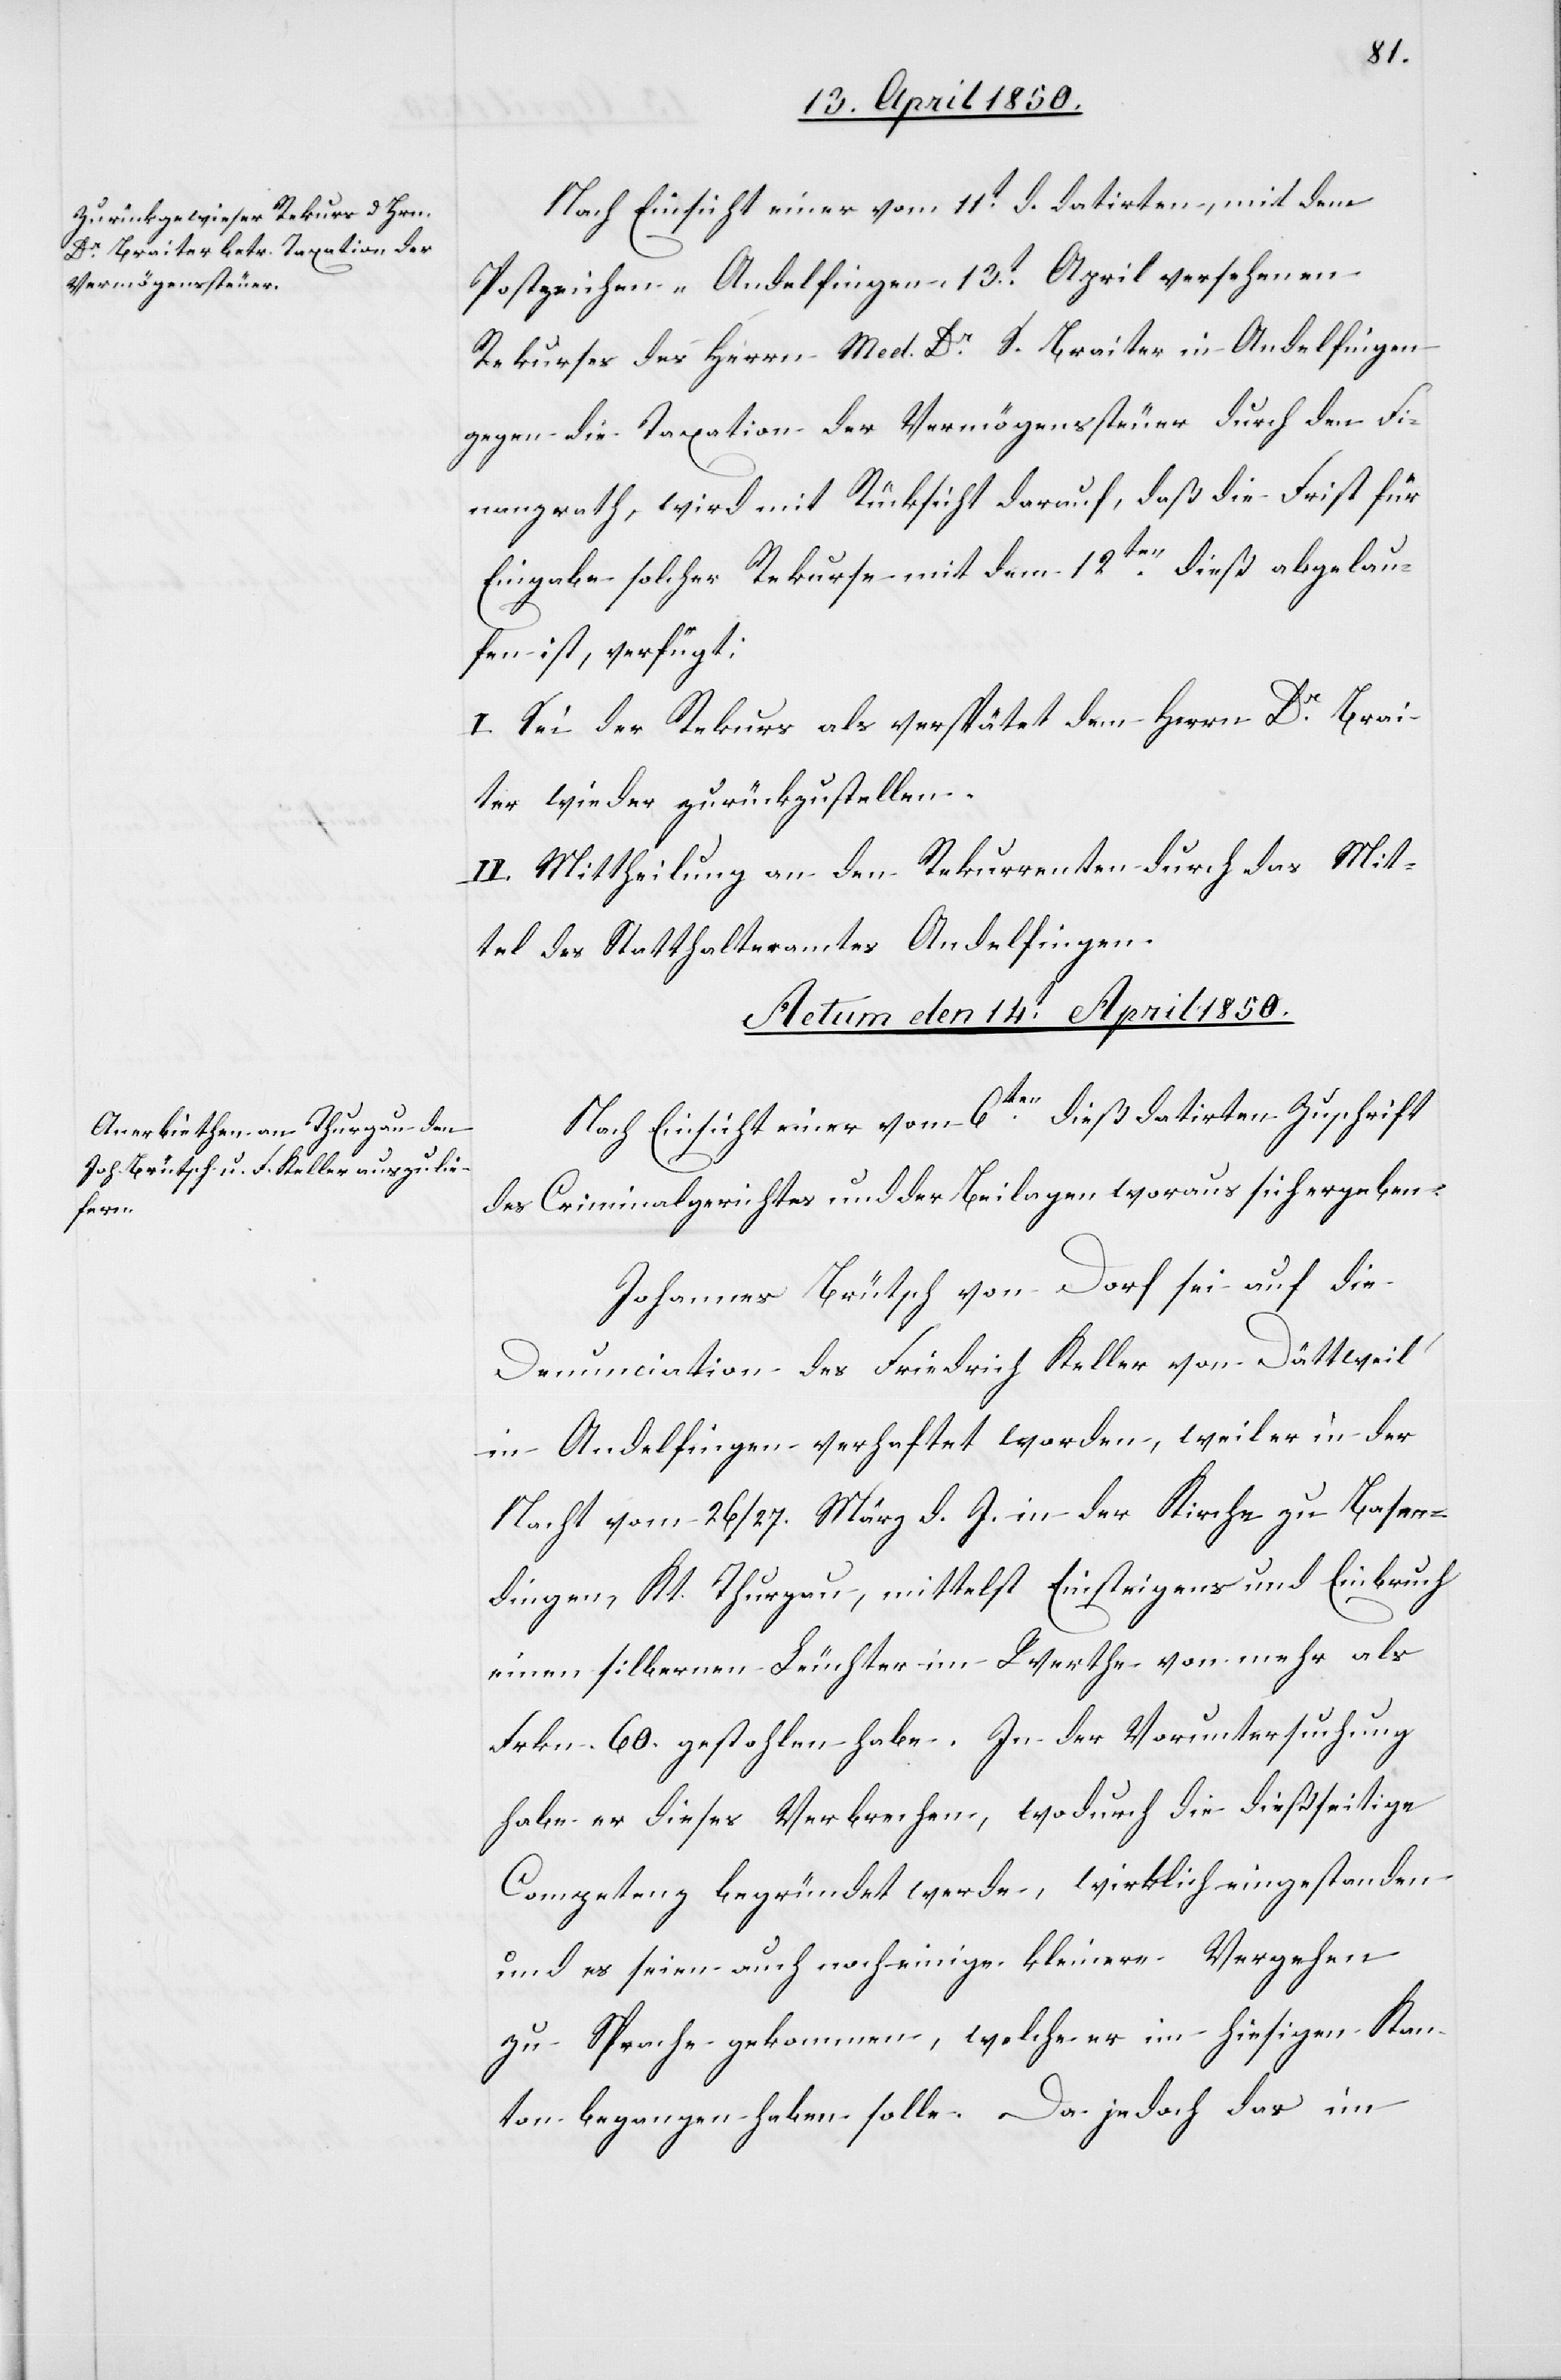
Nach Einsicht einer vom 11t d. datirten, mit dem
Postzeichen „Andelfingen[“] 13t April versehenen
Rekurses des Herrn Med. Dr S. Braiter in Andelfingen
gegen die Taxation der Vermögenssteuer durch den Fi¬
nanzrath, wird mit Rücksicht darauf, daß die Frist für
Eingabe solcher Rekurse mit dem 12ten dieß abgelau¬
fen ist, verfügt:
I. Sei der Rekurs als verspätet dem Herrn Dr Brai¬
ter wieder zurückzustellen.
II. Mittheilung an den Rekurrenten durch das Mit¬
tel des Statthalteramtes Andelfingen.
Actum den 14t April 1850.
Nach Einsicht einer vom 6ten dieß datirten Zuschrift
des Criminalgerichtes und der Beilagen woraus sich ergeben:
Johannes Brütsch von Dorf sei auf die
Denunciation des Friedrich Keller von Dättweil
in Andelfingen verhaftet worden, weil er in der
Nacht vom 26/27. März d. J. in der Kirche zu Basen¬
dingen, Kt. Thurgau, mittelst Einsteigens und Einbruch
einen silbernen Leuchter im Werthe von mehr als
Frkn. 60. gestohlen habe. In der Voruntersuchung
habe er dieses Verbrechen, wodurch die dießseitige
Competenz begründet werde, wirklich eingestanden
und es seien auch noch einige kleinere Vergehen
zu Sprache gekommen, welche er im hiesigen Kan¬
ton begangen haben solle. Da jedoch das im